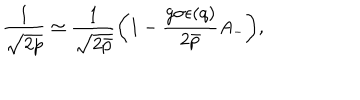
LaTeX: \frac { 1 } { \sqrt { 2 p } } \simeq \frac { 1 } { \sqrt { 2 \bar { p } } } \bigg ( 1 - \frac { g \sigma \epsilon ( q ) } { 2 \bar { p } } A _ { - } \bigg ) ,